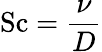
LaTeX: \mathrm{Sc}={\frac{\nu}{D}}